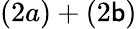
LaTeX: (2a)+(2\mathsf{b})